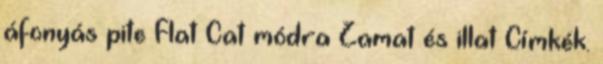
áfonyás pite Flat Cat módra Zamat és illat Címkék.